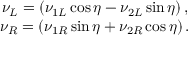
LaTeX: \begin{array} { c } { { \nu _ { L } = \left( \nu _ { 1 L } \cos \eta - \nu _ { 2 L } \sin \eta \right) , } } \\ { { \nu _ { R } = \left( \nu _ { 1 R } \sin \eta + \nu _ { 2 R } \cos \eta \right) . } } \end{array}